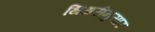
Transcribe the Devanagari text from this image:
थिअरीनुसार